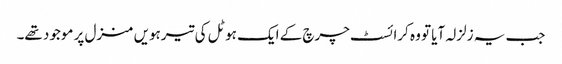
جب یہ زلزلہ آیا تو وہ کرائسٹ چرچ کے ایک ہوٹل کی تیرہویں منزل پر موجود تھے۔